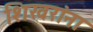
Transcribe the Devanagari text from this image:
शिखरांना